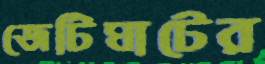
জেটিঘাটের